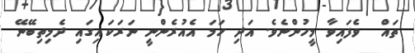
ތައް  ވެފައިވާ މީހުންނެވެ. އަދި ހަމަ އެއުރެންނީ ނަރަކައިގައި ދެމިތިބޭނޭ